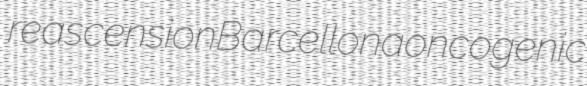
reascension Barcellona oncogenic